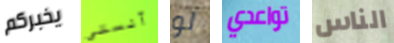
يخبركم آنستي لو تواعدي الناس